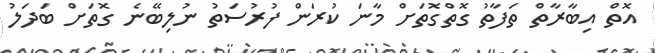
އޮތް އިބާރާތް ތަފާތު ގޮތްގޮތަށް މާނަ ކުރަން ފުރުސަތު ނުލިބޭނެ ގޮތަށް ބަދަލު